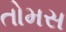
તોમસ